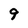
Character: 9